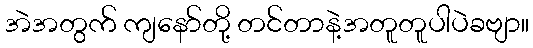
အဲအတွက် ကျနော်တို့ တင်တာနဲ့အတူတူပါပဲခဗျာ။